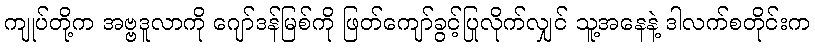
ကျုပ်တို့က အဗ္ဗဒူလာကို ဂျော်ဒန်မြစ်ကို ဖြတ်ကျော်ခွင့်ပြုလိုက်လျှင် သူ့အနေနဲ့ ဒါလက်စတိုင်းက